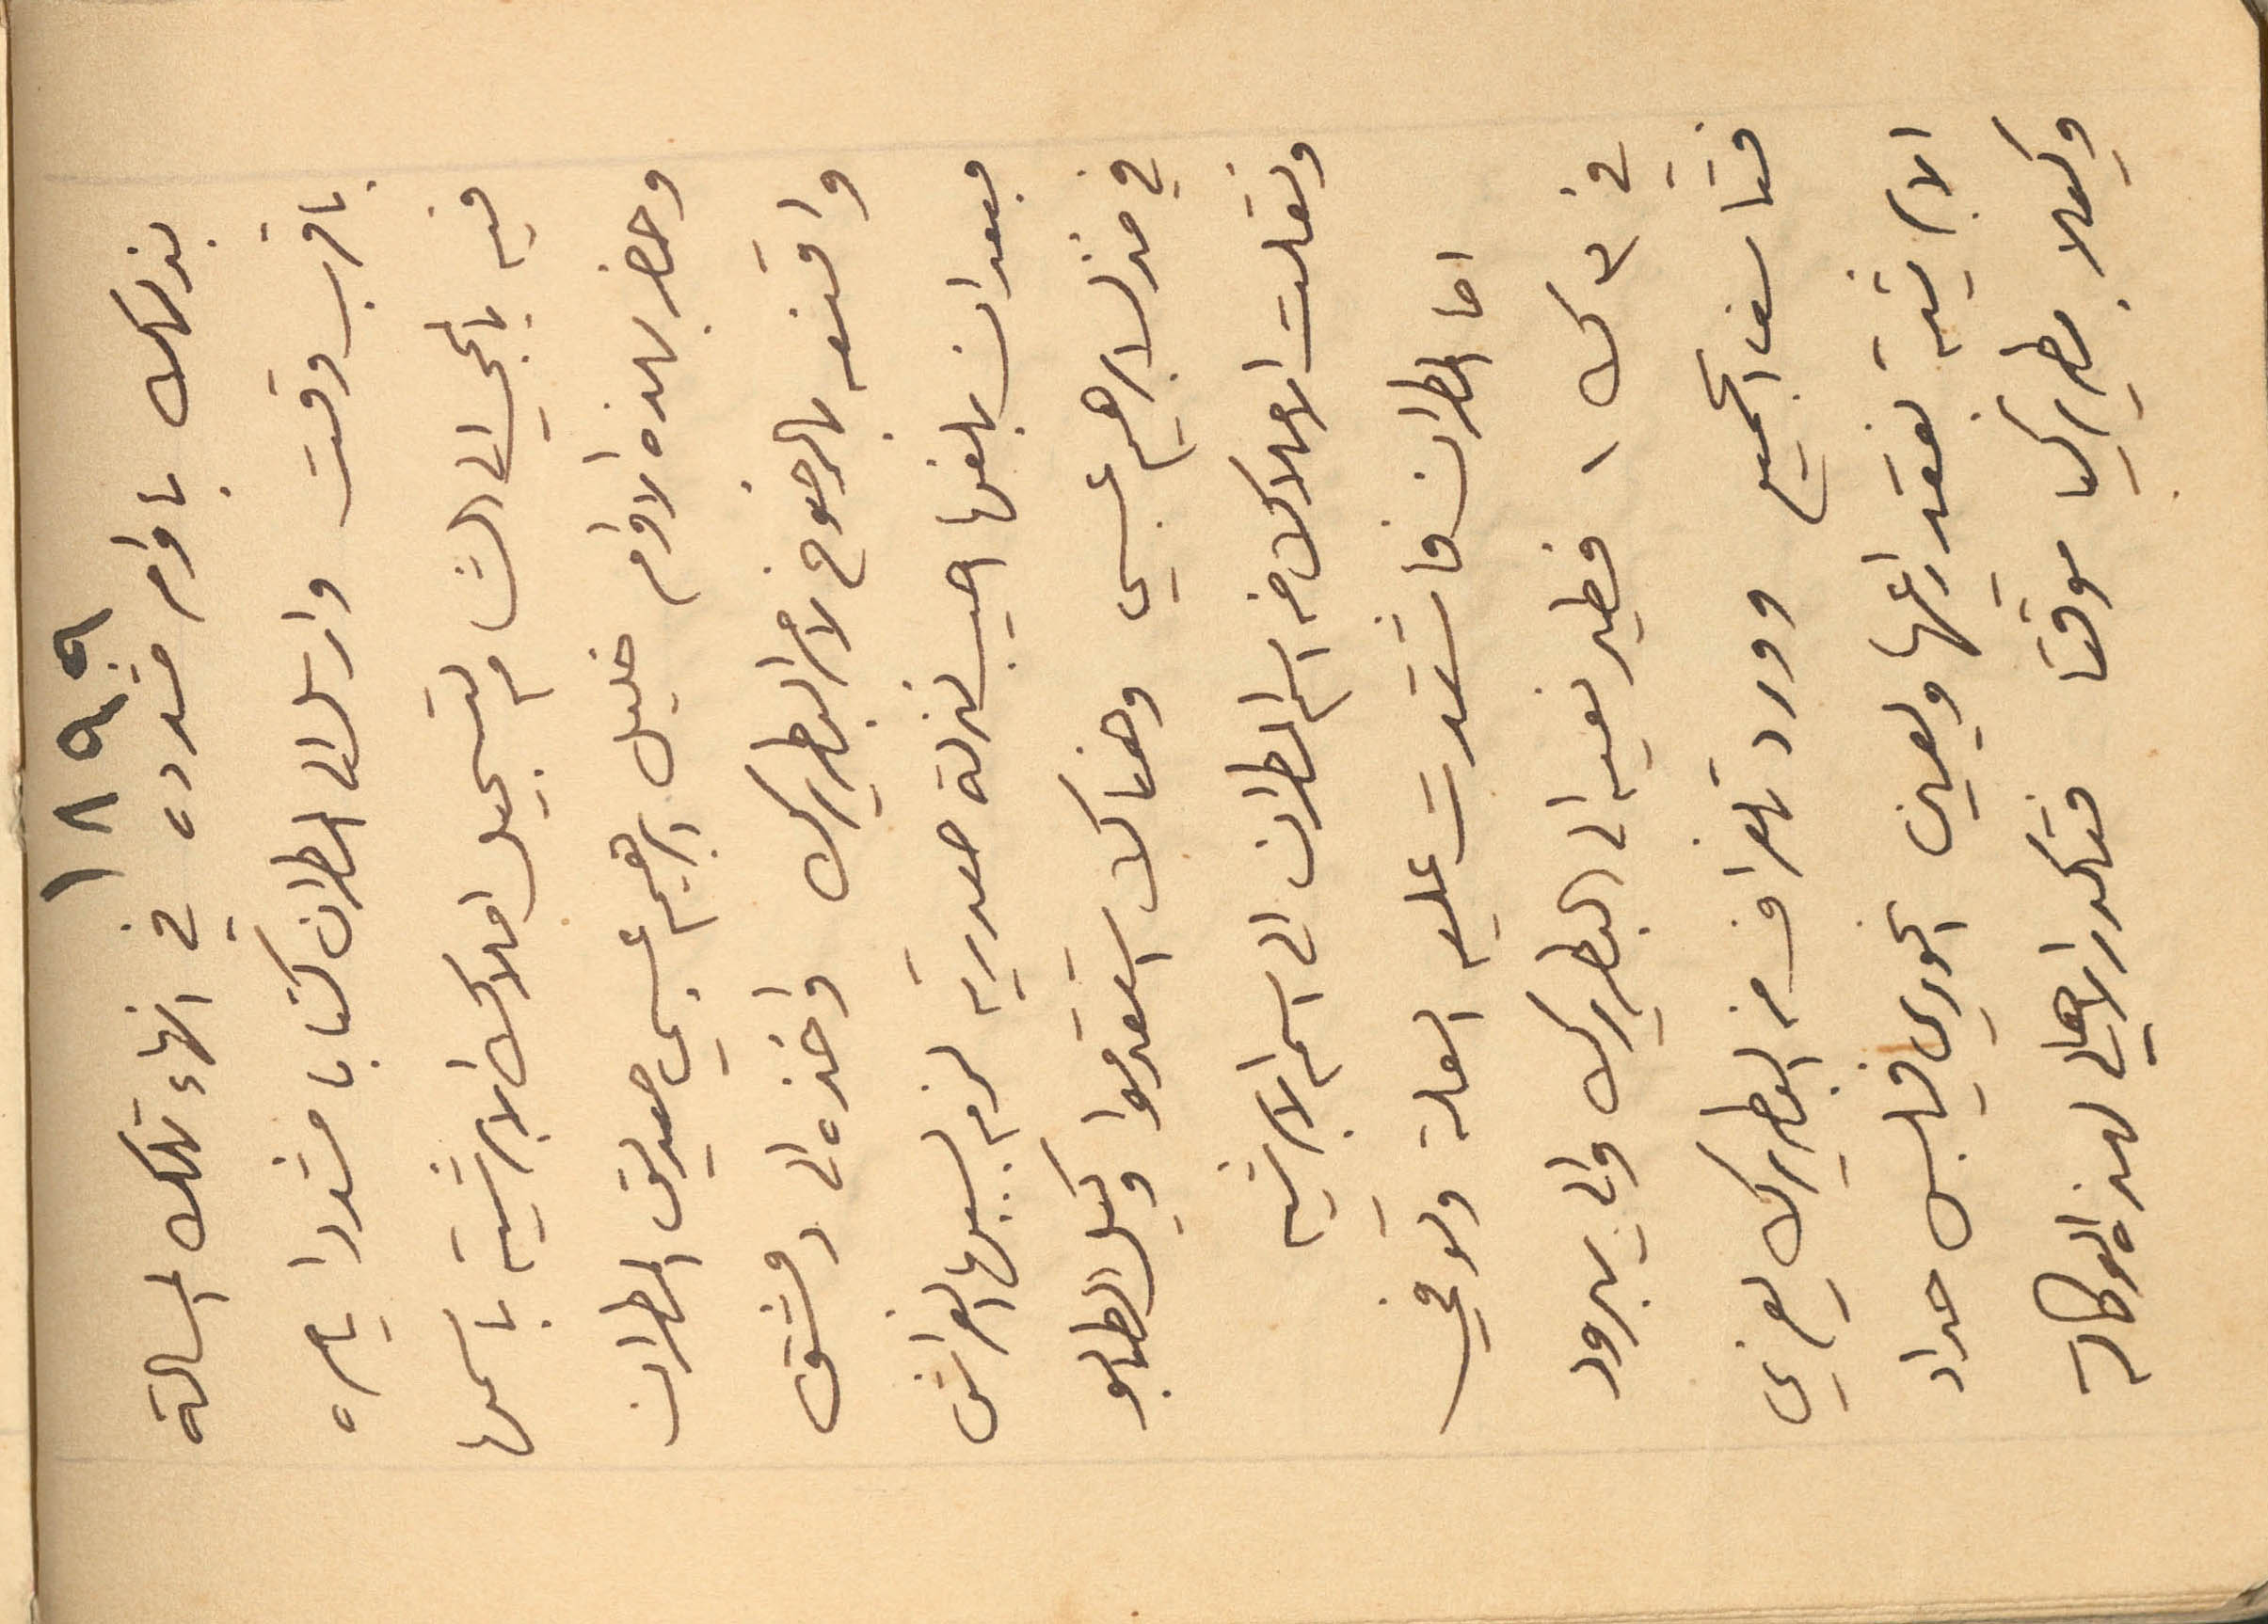
١٨٩٩
بذلك باوامر مشددة في انهاء تلك المسألة
باقرب وقت وارسل الى المطران كتابا مشددا يامره
فيه بالمجيئ الى الشام لتسجيل أملاك الأبرشية باسمها
وحضر بهذه الأوامر خليل إبراهيم عيسى صديق المطران
واقنعه بالرضوخ لامر البطريرك واخذه الى دمشق
فبعد ان بلغها أصيب بنزلة صدرية لزم لسببها الفراش
في منزل إبراهيم عيسى وهناك استقدموا وكيل الطابو
ونقلت الأملاك من اسم المطران الى اسم الأبرشية
اما المطران فاشتدت عليه العلة وتوفي
في ۳ ك ١ فطيرنعيه الى البطريرك والى يبرود
فتأسف الجميع وورد تلغراف من البطريرك يعزي
الأبرشية بفقدانها ويعين الخوري فيلبس حداد
وكيلا بطريركيا موقتا فتكدر الأهالي لهذه الوكالة